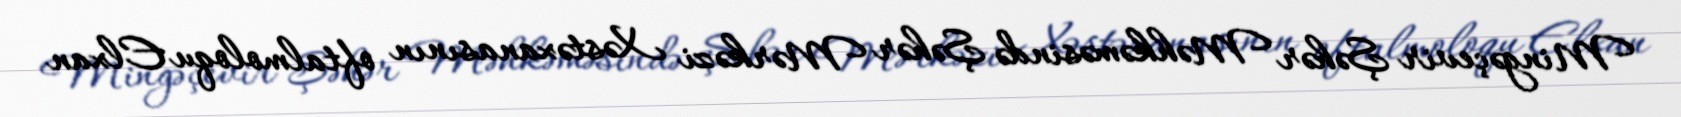
Mingəçevir Şəhər Məhkəməsində Şəhər Mərkəzi Xəstəxanasının oftalmoloqu Elxan